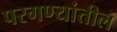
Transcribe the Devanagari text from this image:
परगण्यांतील